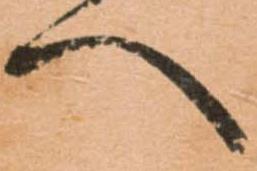
へ